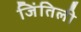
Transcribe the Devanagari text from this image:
जिंतिली